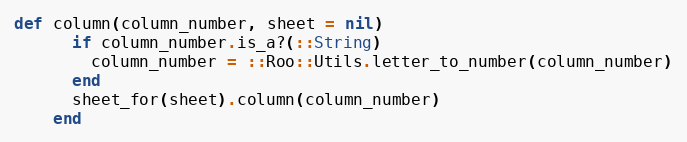
Language: Ruby
def column(column_number, sheet = nil)
      if column_number.is_a?(::String)
        column_number = ::Roo::Utils.letter_to_number(column_number)
      end
      sheet_for(sheet).column(column_number)
    end